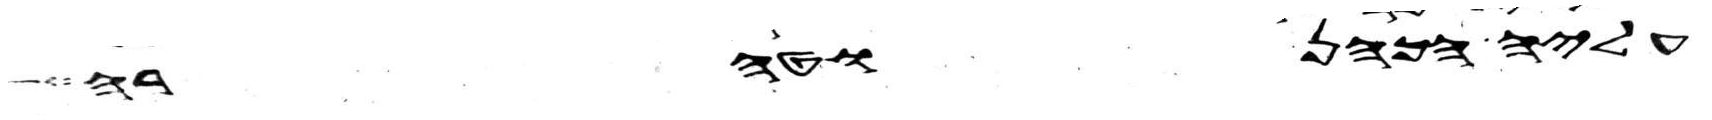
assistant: עליה הכהן וטהרה